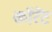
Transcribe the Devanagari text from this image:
कॉरेंट